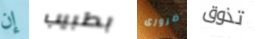
إن بطبيب ضرورى تذوق